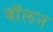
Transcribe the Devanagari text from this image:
बॉलन